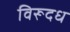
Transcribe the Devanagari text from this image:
विरूदध